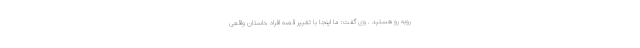
روبه رو هستید . وی گفت: ما اینجا با تغییر قصه افراد ،داستان واقعی